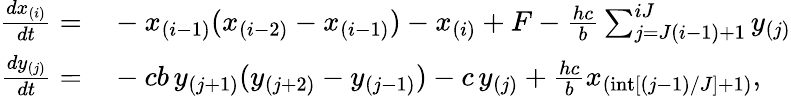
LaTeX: \begin{array}{rl}{\frac{dx_{(i)}}{dt}=}&{{}-x_{(i-1)}(x_{(i-2)}-x_{(i-1)})-x_{(i)}+F-\frac{hc}{b}\sum_{j=J(i-1)+1}^{iJ}y_{(j)}}\\ {\frac{dy_{(j)}}{dt}=}&{{}-cb\, y_{(j+1)}(y_{(j+2)}-y_{(j-1)})-c\, y_{(j)}+\frac{hc}{b}x_{(\mathrm{int}[(j-1)/J]+1)},}\end{array}